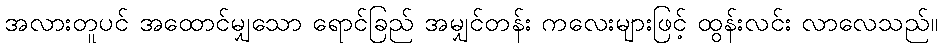
အလားတူပင် အထောင်မျှသော ရောင်ခြည် အမျှင်တန်း ကလေးများဖြင့် ထွန်းလင်း လာလေသည်။